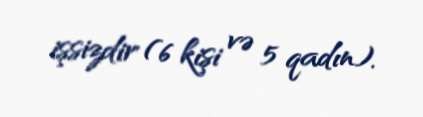
işsizdir (6 kişi və 5 qadın).